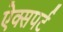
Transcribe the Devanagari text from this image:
ऐक्सपर्ट